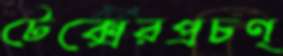
টেক্সেরপ্রচণ্